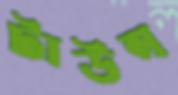
টাউন্স